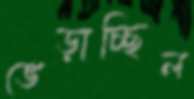
ভেড়াচ্ছিল